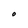
Character: O